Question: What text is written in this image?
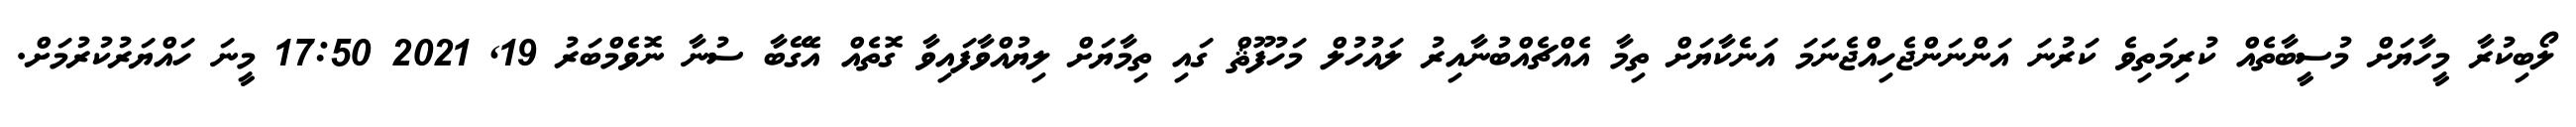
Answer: ލޯބިކުރާ މީހާޔަށް މުސީބާތެއް ކުރިމަތިވެ ކަރުނަ އަންނަންޖެހިއްޖެނަމަ އަނެކާޔަށް ތިމާ އެއްޗެއްބުނާއިރު ލައުހުލް މަހުފޫޘް ގައި ތިމާޔަށް ލިޔުއްވާފައިވާ ގޮތެއް އެގޭބާ ސުނާ ނޮވެމްބަރު 19, 2021 17:50 މީނަ ހައްޔަރުކުރުމަށް.